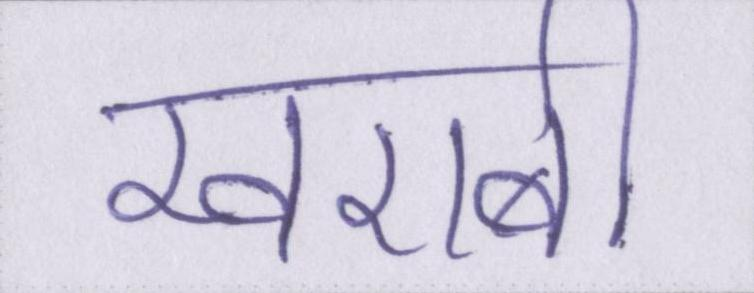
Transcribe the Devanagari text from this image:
खराबी